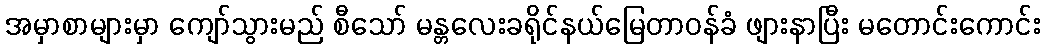
အမှာစာများမှာ ကျော်သွားမည် စီသော် မန္တလေးခရိုင်နယ်မြေတာဝန်ခံ ဖျားနာပြီး မတောင်းကောင်း